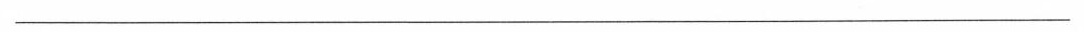
___